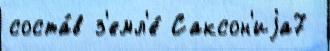
соста́в з'емл'е́ Саксон'иjа7